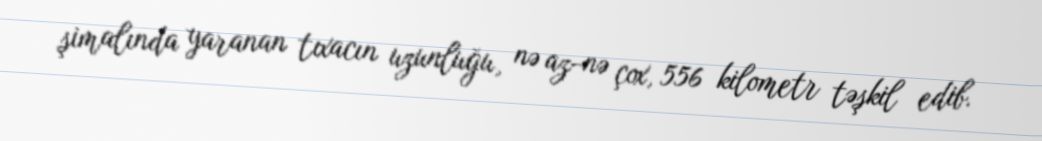
şimalında yaranan tıxacın uzunluğu, nə az-nə çox, 556 kilometr təşkil edib.